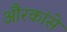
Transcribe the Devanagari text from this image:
औरकांसे